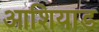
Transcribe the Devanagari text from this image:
आशियाड